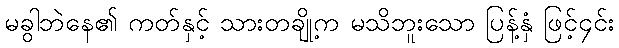
မခွါဘဲနေ၏ ကတ်နှင့် သားတချို့က မသိဘူးသော ပြန့်နှံ ဖြင့်၄င်း